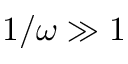
1 / \omega \gg 1